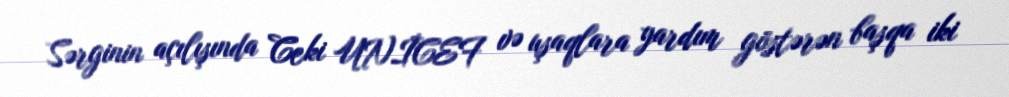
Sərginin açılışında Ceki UNİCEF və uşaqlara yardım göstərən başqa iki